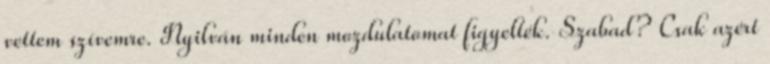
vettem szívemre. Nyilván minden mozdulatomat figyelték. Szabad? Csak azért